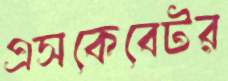
এসকেবেটর